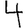
Digit: 4